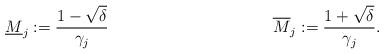
LaTeX: \begin{align*}\underline{M}_j := \frac{1-\sqrt{\delta}}{\gamma_j} && && \overline{M}_j := \frac{1+\sqrt{\delta}}{\gamma_j}.\end{align*}